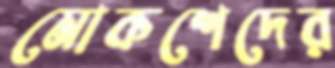
মোকশেদের